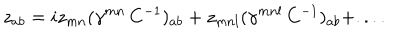
z _ { a b } = i z _ { m n } ( \gamma ^ { m n } \, C ^ { - 1 } ) _ { a b } + z _ { m n l } ( \gamma ^ { m n l } \, C ^ { - 1 } ) _ { a b } + . . . .